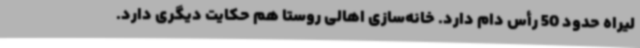
لیراه حدود 50 رأس دام دارد. خانه‌سازی اهالی روستا هم حکایت دیگری دارد.